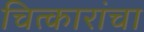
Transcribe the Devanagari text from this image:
चित्कारांचा